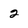
Character: 2